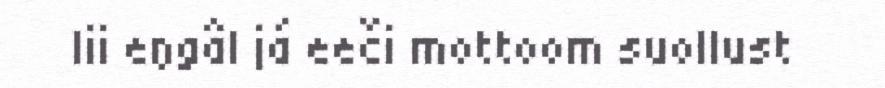
lii eŋgâl já eeči mottoom suollust